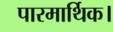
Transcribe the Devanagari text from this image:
पारमार्थिक।